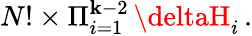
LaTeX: N!\times\Pi_{i=1}^{\mathbf{k}-2}\, \deltaH_{i}\, .